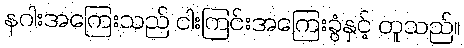
နဂါးအကြေးသည် ငါးကြင်းအကြေးခွံနှင့် တူသည်။